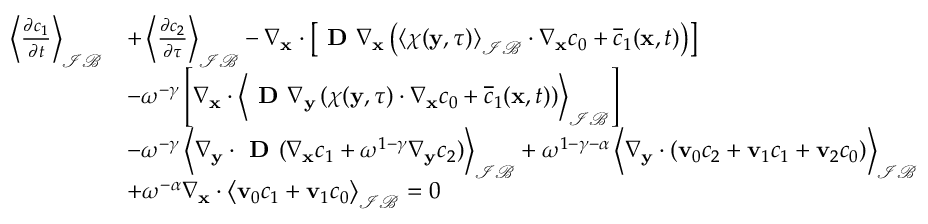
\begin{array} { r l } { \left\langle \frac { \partial c _ { 1 } } { \partial t } \right\rangle _ { \mathcal { I B } } } & { + \left\langle \frac { \partial c _ { 2 } } { \partial \tau } \right\rangle _ { \mathcal { I B } } - \nabla _ { \mathbf x } \cdot \left[ \textbf { D } \nabla _ { \mathbf x } \left( \left\langle \boldsymbol \chi ( \mathbf y , \tau ) \right\rangle _ { \mathcal { I B } } \cdot \nabla _ { \mathbf x } c _ { 0 } + \overline { c } _ { 1 } ( \mathbf x , t ) \right) \right] } \\ & { - \omega ^ { - \gamma } \left[ \nabla _ { \mathbf x } \cdot \left\langle \textbf { D } \nabla _ { \mathbf y } \left( \boldsymbol \chi ( \mathbf y , \tau ) \cdot \nabla _ { \mathbf x } c _ { 0 } + \overline { c } _ { 1 } ( \mathbf x , t ) \right) \right\rangle _ { \mathcal { I B } } \right] } \\ & { - \omega ^ { - \gamma } \left\langle \nabla _ { \mathbf y } \cdot \textbf { D } ( \nabla _ { \mathbf x } c _ { 1 } + \omega ^ { 1 - \gamma } \nabla _ { \mathbf y } c _ { 2 } ) \right\rangle _ { \mathcal { I B } } + \omega ^ { 1 - \gamma - \alpha } \left\langle \nabla _ { \mathbf y } \cdot ( \mathbf v _ { 0 } c _ { 2 } + \mathbf v _ { 1 } c _ { 1 } + \mathbf v _ { 2 } c _ { 0 } ) \right\rangle _ { \mathcal { I B } } } \\ & { + \omega ^ { - \alpha } \nabla _ { \mathbf x } \cdot \left\langle \mathbf v _ { 0 } c _ { 1 } + \mathbf v _ { 1 } c _ { 0 } \right\rangle _ { \mathcal { I B } } = 0 } \end{array}